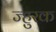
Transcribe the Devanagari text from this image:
ज्हुरक